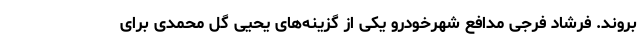
بروند. فرشاد فرجی مدافع شهرخودرو یکی از گزینه‌های یحیی گل محمدی برای